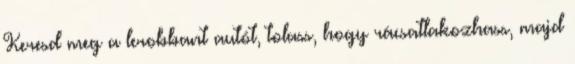
Keresd meg a lerobbant autót, tolass, hogy rácsatlakozhass, majd